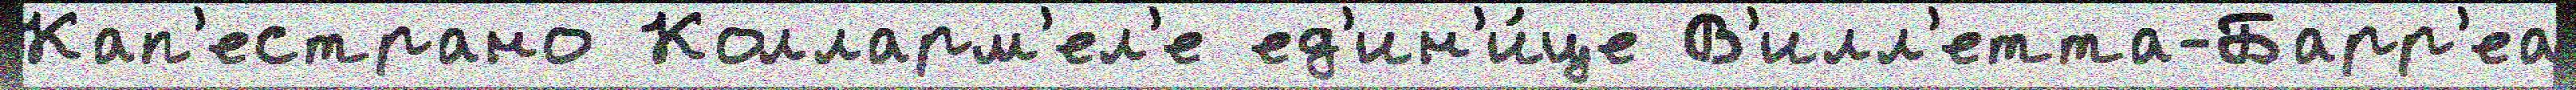
Кап'естрано Колларм'ел'е ед'ин'и́це В'илл'етта-Барр'еа